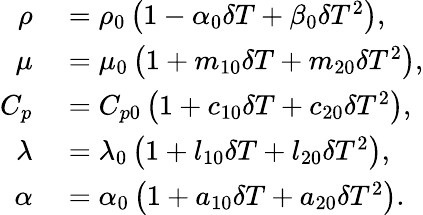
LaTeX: \begin{array}{rl}{\rho}&{{}={{\rho}_{0}}\left(1-{{\alpha}_{0}}\delta T+{{\beta}_{0}}\delta{{T}^{2}}\right),}\\ {\mu}&{{}={{\mu}_{0}}\left(1+{{m}_{10}}\delta T+{{m}_{20}}\delta{{T}^{2}}\right),}\\ {{{C}_{p}}}&{{}={{C}_{p0}}\left(1+{{c}_{10}}\delta T+{{c}_{20}}\delta{{T}^{2}}\right),}\\ {\lambda}&{{}={{\lambda}_{0}}\left(1+{{l}_{10}}\delta T+{{l}_{20}}\delta{{T}^{2}}\right),}\\ {\alpha}&{{}={{\alpha}_{0}}\left(1+{{a}_{10}}\delta T+{{a}_{20}}\delta{{T}^{2}}\right).}\end{array}